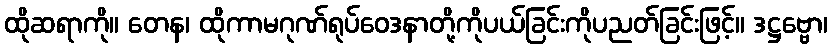
ထိုဆရာကို။ တေန၊ ထိုကာမဂုဏ်ရုပ်ဝေဒနာတို့ကိုပယ်ခြင်းကိုပညတ်ခြင်းဖြင့်။ ဒဋ္ဌဗ္ဗော၊